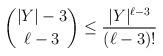
LaTeX: \begin{align*}\binom{|Y|-3}{\ell -3} \leq \frac{ |Y|^{\ell - 3}}{(\ell - 3)!} \end{align*}